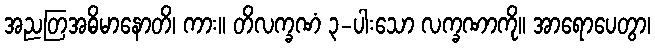
အညတြအဓိမာနောတိ၊ ကား။ တိလက္ခဏံ ၃-ပါးသော လက္ခဏာကို။ အာရောပေတွာ၊